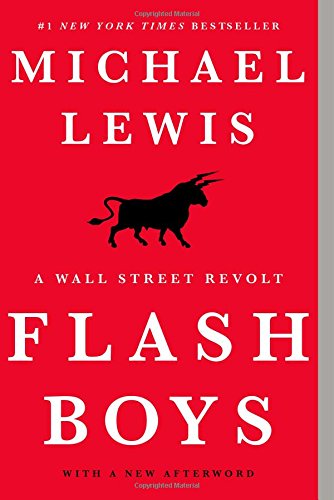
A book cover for Flash Boys: A Wall Street Revolt; Michael Lewis; Business & Money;